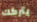
يتركك